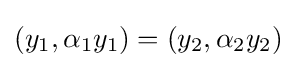
(y_{1},\alpha _{1}y_{1})=(y_{2},\alpha _{2}y_{2})